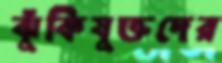
ঝুঁকিযুক্তদের